65_HS1-834228961_62-HQ-83894_Section_7
Agency: FBI
Page 128
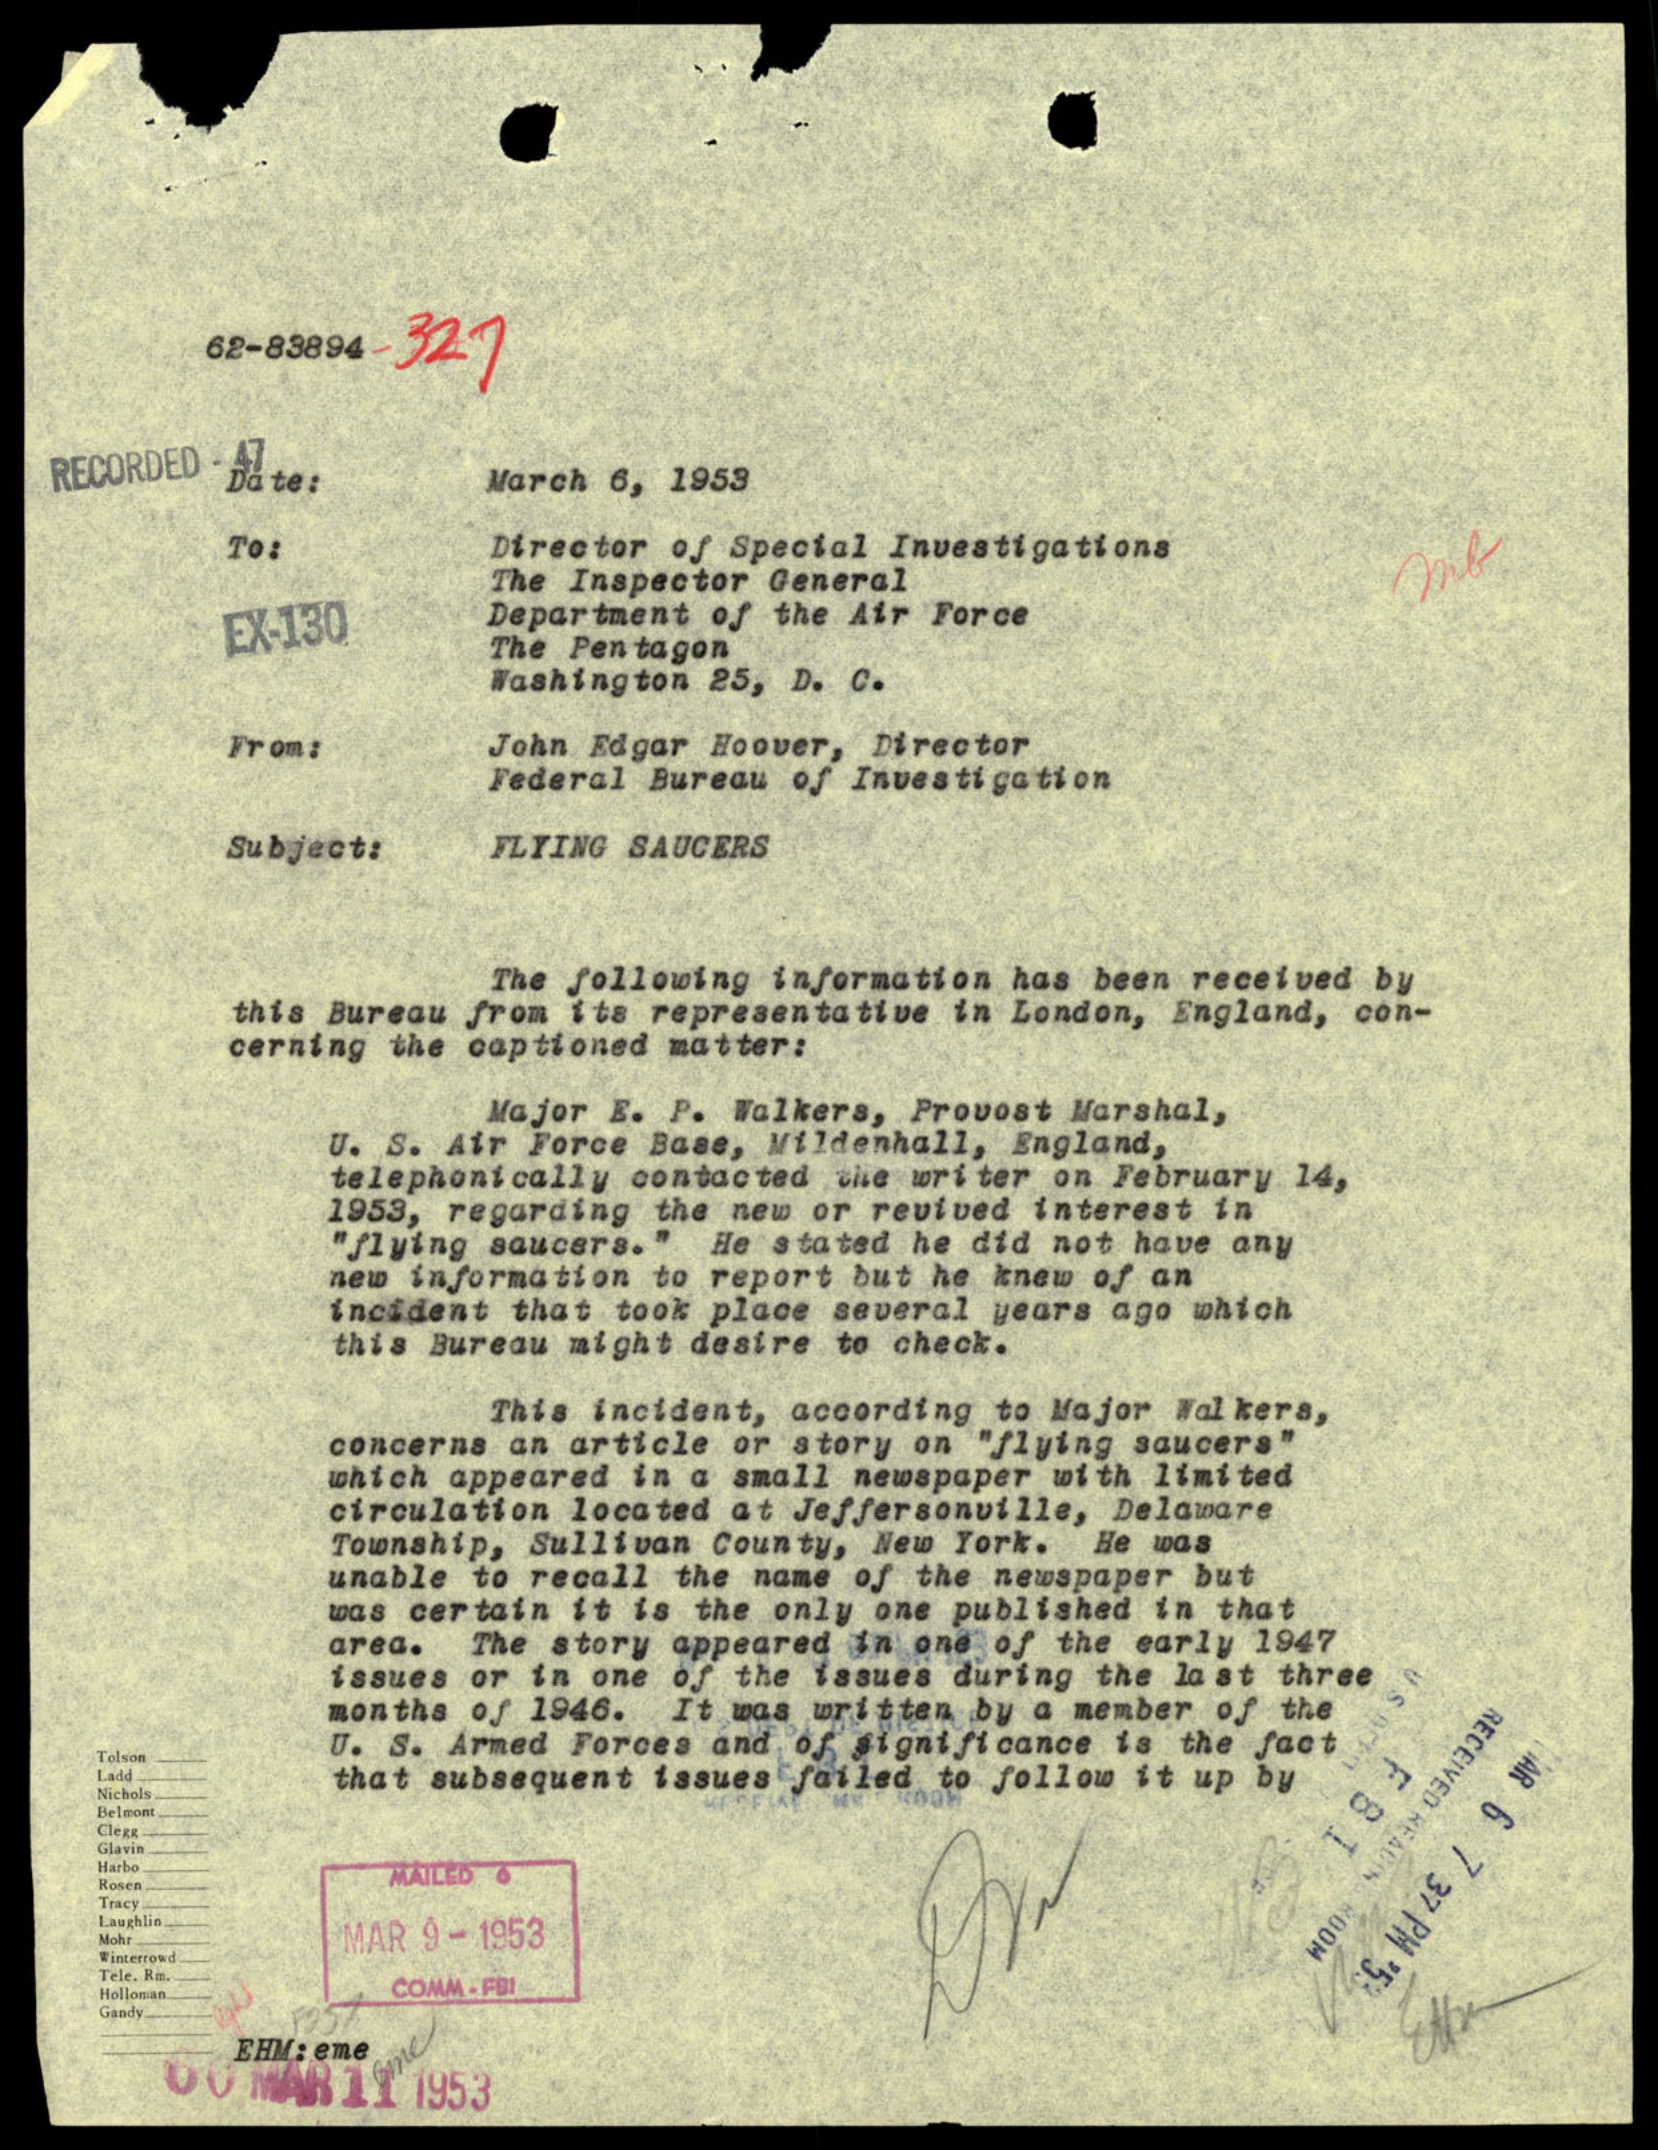